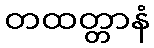
တထတ္တာနံ